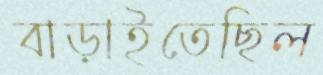
বাড়াইতেছিল